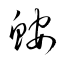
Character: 鮟